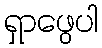
ရှာဖွေပါ